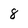
Character: 8